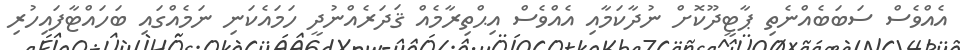
އެއްވެސް ސަބަބެއްނެތި ޕާޓީދޫކޮށް ނުދާކަމާއި އެއްވެސް އިޙްތިރާމެއް ޤަދަރެއްނުދީ ހަމައެކަނި ނަމެއްގައި ބަހައްޓާފައިހުރި